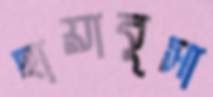
হায়াবুসা